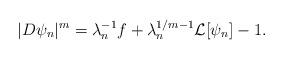
LaTeX: \begin{align*} |D\psi_n|^{m}=\lambda_n^{-1}f+\lambda_n^{1/m-1}\mathcal{L}[\psi_n]-1. \end{align*}